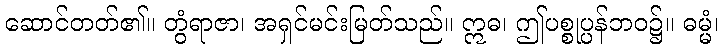
ဆောင်တတ်၏။ တွံရာဇာ၊ အရှင်မင်းမြတ်သည်။ ဣဓ၊ ဤပစ္စုပ္ပန်ဘဝ၌။ ဓမ္မံ၊